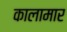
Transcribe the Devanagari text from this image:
कालामार